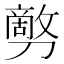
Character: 𰅇